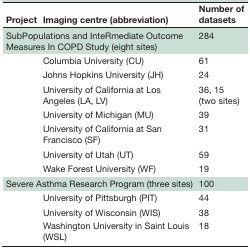
| Project | Imaging centre (abbreviation) | Number of datasets |
 | --- | --- | --- |
 | <COLSPAN=2> SubPopulations and InteRmediate Outcome Measures In COPD Study (eight sites) | 284 |
 | <ROWSPAN=7>  | Columbia University (CU) | 61 |
 | Johns Hopkins University (JH) | 24 |
 | University of California at Los Angeles (LA, LV) | 36, 15 (two sites) |
 | University of Michigan (MU) | 39 |
 | University of California at San Francisco (SF) | 31 |
 | University of Utah (UT) | 59 |
 | Wake Forest University (WF) | 19 |
 | <COLSPAN=2> Severe Asthma Research Program (three sites) | 100 |
 | <ROWSPAN=3>  | University of Pittsburgh (PIT) | 44 |
 | University of Wisconsin (WIS) | 38 |
 | Washington University in Saint Louis (WSL) | 18 |